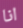
انا